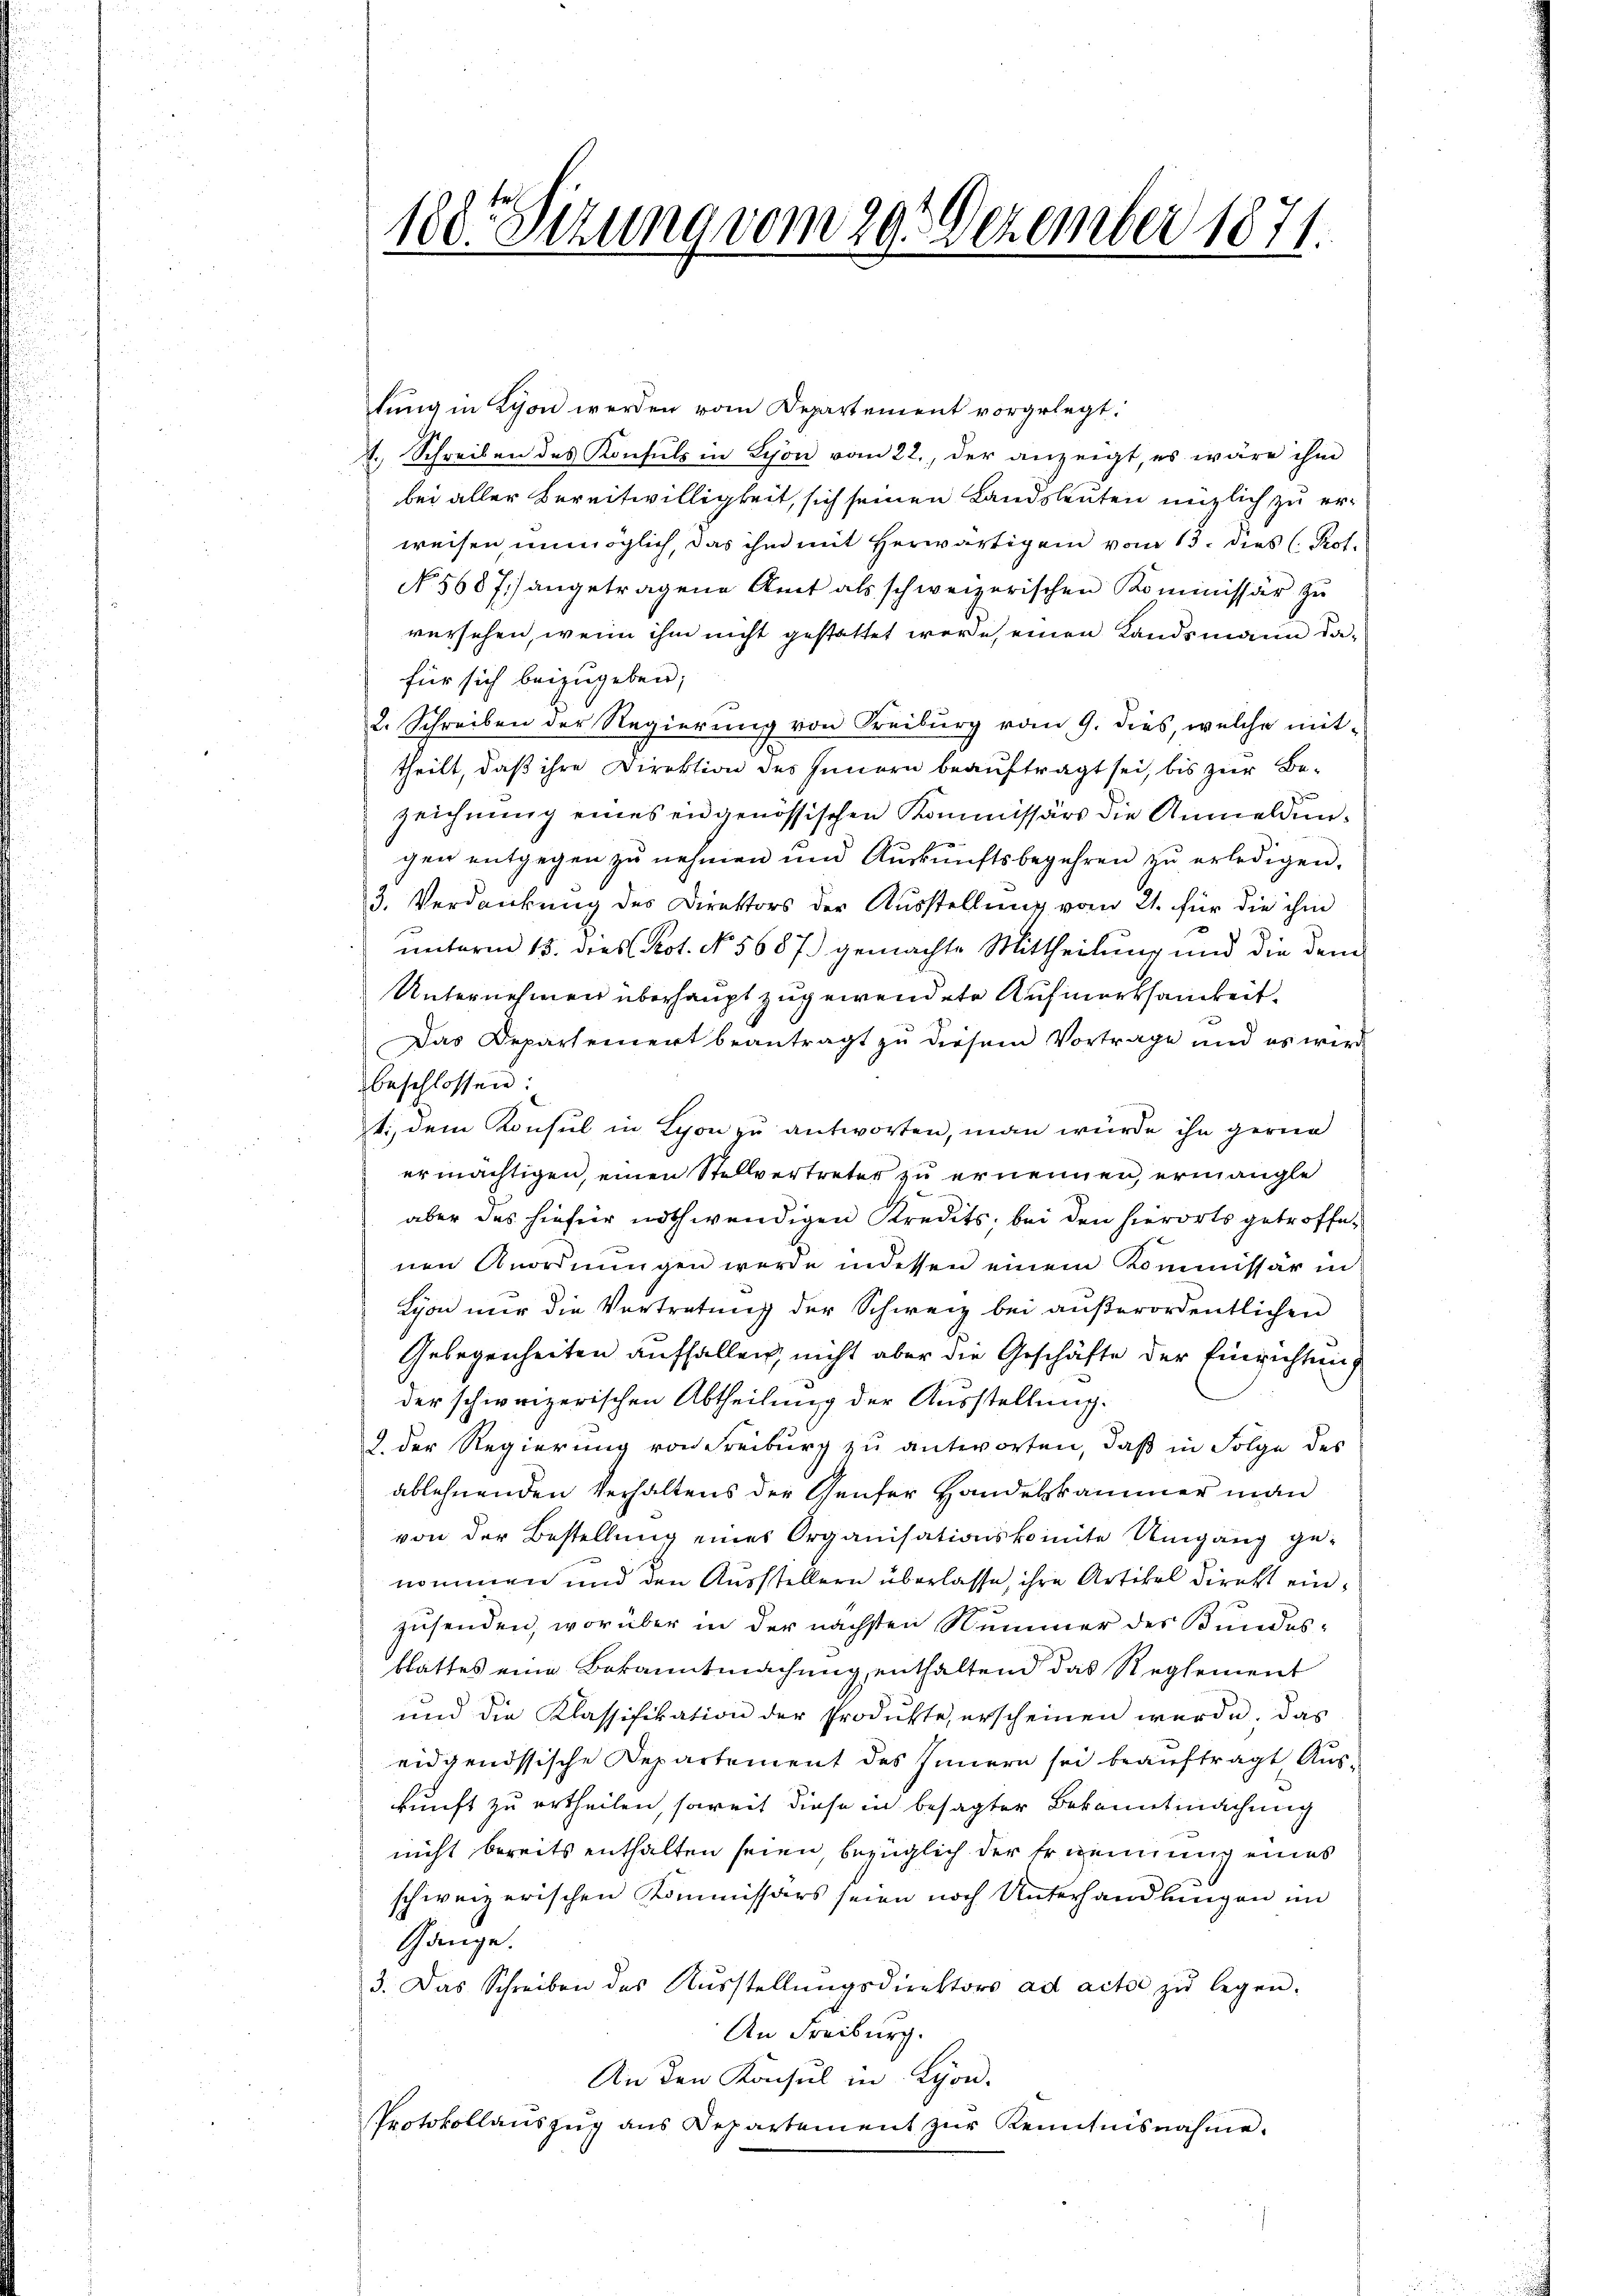
lung in Lyon werden vom Departement vorgelegt.
f. Schreiben des Konsuls in Schon vom 22., der anzeigt, es wäre ihm
bei aller Bereitwilligkeit, sich seinen Landsleuten mütlich zu erweisen, unmöglich, das ihm mit herwärtigem vom 13. dies C. Prot.
No. 5687) angetragene Amt als schweizerischen Kommissär zu
versehen, wenn ihm nicht gestattet werde, einen Landsmann dafür sich beizugeben;
2. Schreiben der Regierŭng von Freiburg vom 9. dies, welche mit-
theilt, daß ihre Direktion des Innern beauftragt sei, bis zur Bezeichnung eines eidgenössischen Kommissärs die Anmeldungen entgegen zu nehmen und Auskunftsbegehren zu erledigen,
3. Verdankung des Direktors der Ausstellung vom 21. für die ihm
x
unterm 15. dies Prot. No. 5687) gemachte Mittheilung und die dem
Unternehmen überhaupt zugewendete Aufmerksamkeit.
Das Departement beantragt zu diesem Vortrage und es wird
beschlossen:
t., dem Konsul in Schon zu antworten, man würde ihn gerne
ermächtigen, einen Stellvertreter zu ernennen, ermangle
aber das hiefür nothwendigen Kredits, bei den hierorts getroffenen Anordnungen werde indessen einem Kommissär in
Lyon nur die Vertretung der Schweiz bei außerordentlichen
Gelegenheiten auffallen, nicht aber die Geschäfte der Einrichtung
der schweizerischen Abtheilung der Ausstellung.
2. der Regierung von Freiburg zu antworten, daß in Folge des
ablehnenden Verhaltens der Genfer Handelskammer man
von der Bestellung eines Organisationskomite Umgang ge-
nommen und den Ausstellern überlasse, ihre Artikel Direkt einzusenden, worüber in der nächsten Nummer des Bundes-
blattes eine Bekanntmachung, enthaltend das Reglement
und die Klassifikation der Produkte, erscheinen werde. Das
eidgenössische Departement des Innern sei beauftragt Auskunft zu ertheilen, soweit diese in besagter Bekanntmachung
nicht bereits enthalten seien, bezüglich der Ernennung eines
schweizerischen Kommissärs seien noch Unterhandlungen im
Gänge.
3. Das Schreiben des Aŭsstellŭngsdirektors ad acte zŭ legen.
An Freiburg.
An den Konsul in Lyon.
Protokollauszug aus Departement zŭr Kenntnisnahme.

188. Sitzung vom 20. Dezember 1871.